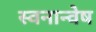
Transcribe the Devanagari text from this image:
स्वनान्वेष